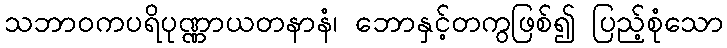
သဘာဝကပရိပုဏ္ဏာယတနာနံ၊ ဘောနှင့်တကွဖြစ်၍ ပြည့်စုံသော